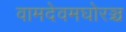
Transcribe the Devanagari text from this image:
वामदेवमघोरञ्च